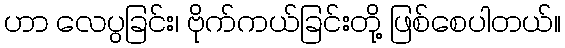
ဟာ လေပွခြင်း၊ ဗိုက်ကယ်ခြင်းတို့ ဖြစ်စေပါတယ်။